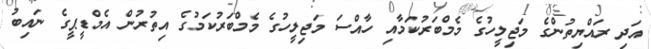
އަދި ރައްޔިތުންގެ މަޖިލީހުގެ މެމްބަރުކަމާއި ހާއްސަ މަޖިލީހުގެ މެމްބަރުކަމުގެ އިތުރުން އެމްޑީޕީގެ ނައިބު